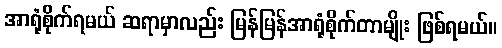
အာရုံစိုက်ရမယ် ဆရာမှာလည်း မြန်မြန်အာရုံစိုက်တာမျိုး ဖြစ်ရမယ်။